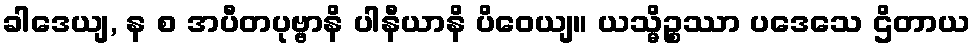
ခါဒေယျ, န စ အပီတပုဗ္ဗာနိ ပါနီယာနိ ပိဝေယျ။ ယသ္မိဉ္စဿာ ပဒေသေ ဌိတာယ